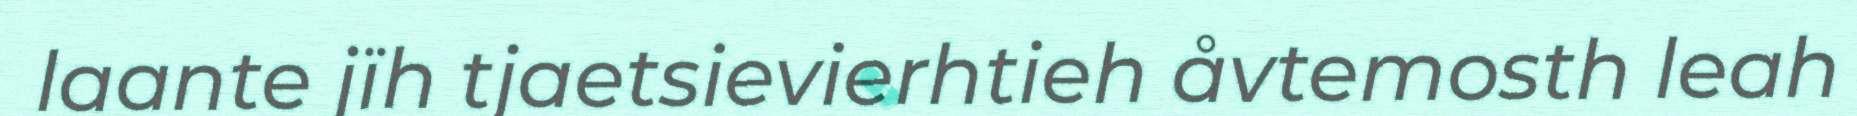
laante jïh tjaetsievierhtieh åvtemosth leah